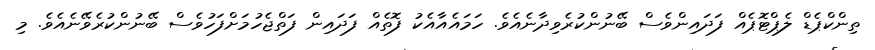
ތިންކްޕެޑް ލެޕްޓޮޕެއް ފަދައިންވެސް ބޭނުންކުރެވިދާނެއެވެ. ހަމައެއާއެކު ފޮތެއް ފަދައިން ފަތްޖެހުމަށްފަހުވެސް ބޭނުންކުރެވޭނެއެވެ. މި